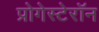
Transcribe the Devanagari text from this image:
प्रोगेस्टेरॉन